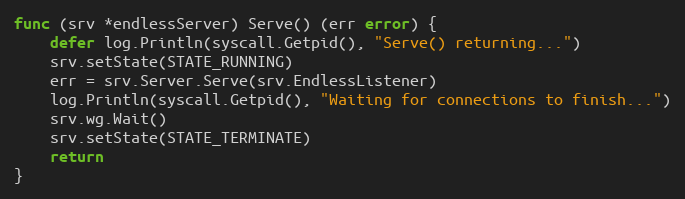
Language: Go
func (srv *endlessServer) Serve() (err error) {
	defer log.Println(syscall.Getpid(), "Serve() returning...")
	srv.setState(STATE_RUNNING)
	err = srv.Server.Serve(srv.EndlessListener)
	log.Println(syscall.Getpid(), "Waiting for connections to finish...")
	srv.wg.Wait()
	srv.setState(STATE_TERMINATE)
	return
}